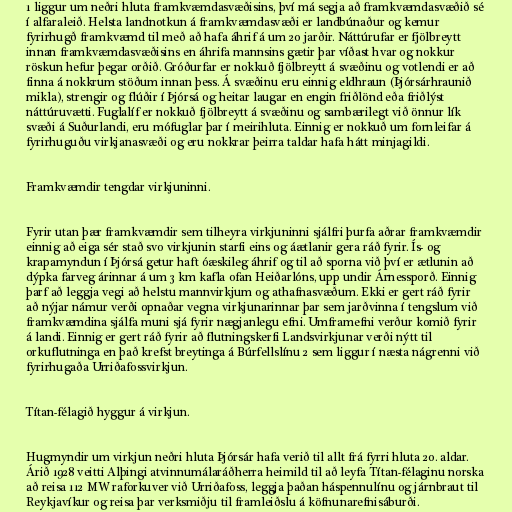
1 liggur um neðri hluta framkvæmdasvæðisins, því má segja að framkvæmdasvæðið sé
í alfaraleið. Helsta landnotkun á framkvæmdasvæði er landbúnaður og kemur
fyrirhugð framkvæmd til með að hafa áhrif á um 20 jarðir. Náttúrufar er fjölbreytt
innan framkvæmdasvæðisins en áhrifa mannsins gætir þar víðast hvar og nokkur
röskun hefur þegar orðið. Gróðurfar er nokkuð fjölbreytt á svæðinu og votlendi er að
finna á nokkrum stöðum innan þess. Á svæðinu eru einnig eldhraun (Þjórsárhraunið
mikla), strengir og flúðir í Þjórsá og heitar laugar en engin friðlönd eða friðlýst
náttúruvætti. Fuglalíf er nokkuð fjölbreytt á svæðinu og sambærilegt við önnur lík
svæði á Suðurlandi, eru mófuglar þar í meirihluta. Einnig er nokkuð um fornleifar á
fyrirhuguðu virkjanasvæði og eru nokkrar þeirra taldar hafa hátt minjagildi.

Framkvæmdir tengdar virkjuninni.

Fyrir utan þær framkvæmdir sem tilheyra virkjuninni sjálfri þurfa aðrar framkvæmdir
einnig að eiga sér stað svo virkjunin starfi eins og áætlanir gera ráð fyrir. Ís- og
krapamyndun í Þjórsá getur haft óæskileg áhrif og til að sporna við því er ætlunin að
dýpka farveg árinnar á um 3 km kafla ofan Heiðarlóns, upp undir Árnessporð. Einnig
þarf að leggja vegi að helstu mannvirkjum og athafnasvæðum. Ekki er gert ráð fyrir
að nýjar námur verði opnaðar vegna virkjunarinnar þar sem jarðvinna í tengslum við
framkvæmdina sjálfa muni sjá fyrir nægjanlegu efni. Umframefni verður komið fyrir
á landi. Einnig er gert ráð fyrir að flutningskerfi Landsvirkjunar verði nýtt til
orkuflutninga en það krefst breytinga á Búrfellslínu 2 sem liggur í næsta nágrenni við
fyrirhugaða Urriðafossvirkjun.

Títan-félagið hyggur á virkjun.

Hugmyndir um virkjun neðri hluta Þjórsár hafa verið til allt frá fyrri hluta 20. aldar.
Árið 1928 veitti Alþingi atvinnumálaráðherra heimild til að leyfa Títan-félaginu norska
að reisa 112 MW raforkuver við Urriðafoss, leggja þaðan háspennulínu og járnbraut til
Reykjavíkur og reisa þar verksmiðju til framleiðslu á köfnunarefnisáburði.